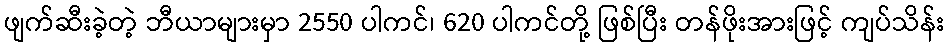
ဖျက်ဆီးခဲ့တဲ့ ဘီယာများမှာ 2550 ပါကင်၊ 620 ပါကင်တို့ ဖြစ်ပြီး တန်ဖိုးအားဖြင့် ကျပ်သိန်း